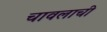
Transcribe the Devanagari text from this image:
चावलाची